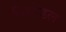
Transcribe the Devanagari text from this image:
शियेडल